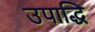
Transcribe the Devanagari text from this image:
उपाद्धि